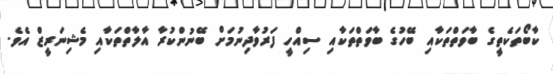
ކާބޯތަކެތީގެ ބާވަތްތަކާއި ބޭހުގެ ބާވަތްތަކާއި ސިއްހީ ފަރުވާދިނުމަށް ބޭނުންކުރާ އާލާތްތަކާއި މެޝިނަރީޒް އެވެ.